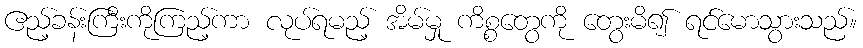
ဧည့်ခန်းကြီးကိုကြည့်ကာ လုပ်ရမည့် အိမ်မှု ကိစ္စတွေကို တွေးမိ၍ ရင်မောသွားသည်။